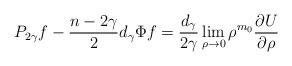
LaTeX: \begin{align*}P_{2\gamma}f - \frac{n-2\gamma}{2}d_\gamma\Phi f = \frac{d_\gamma}{2\gamma}\lim_{\rho\to0} \rho^{m_0}\frac{\partial U}{\partial\rho}\end{align*}